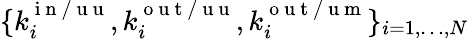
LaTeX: \lbrace k_{i}^{\mathrm{~i~n~/~u~u~}},k_{i}^{\mathrm{~o~u~t~/~u~u~}},k_{i}^{\mathrm{~o~u~t~/~u~m~}}\rbrace_{i=1,\dots,N}